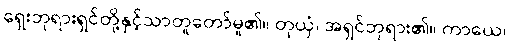
ရှေးဘုရားရှင်တို့နှင့်သာတူတော်မူ၏။ တုယှံ၊ အရှင်ဘုရား၏။ ကာယေ၊